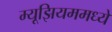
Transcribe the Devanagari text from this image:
म्यूझियममध्ये